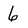
Character: 6